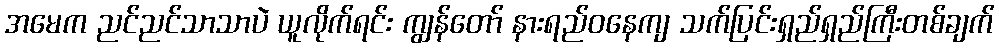
အမေက ညင်ညင်သာသာပဲ ယူလိုက်ရင်း ကျွန်တော် နားရည်ဝနေကျ သက်ပြင်းရှည်ရှည်ကြီးတစ်ချက်